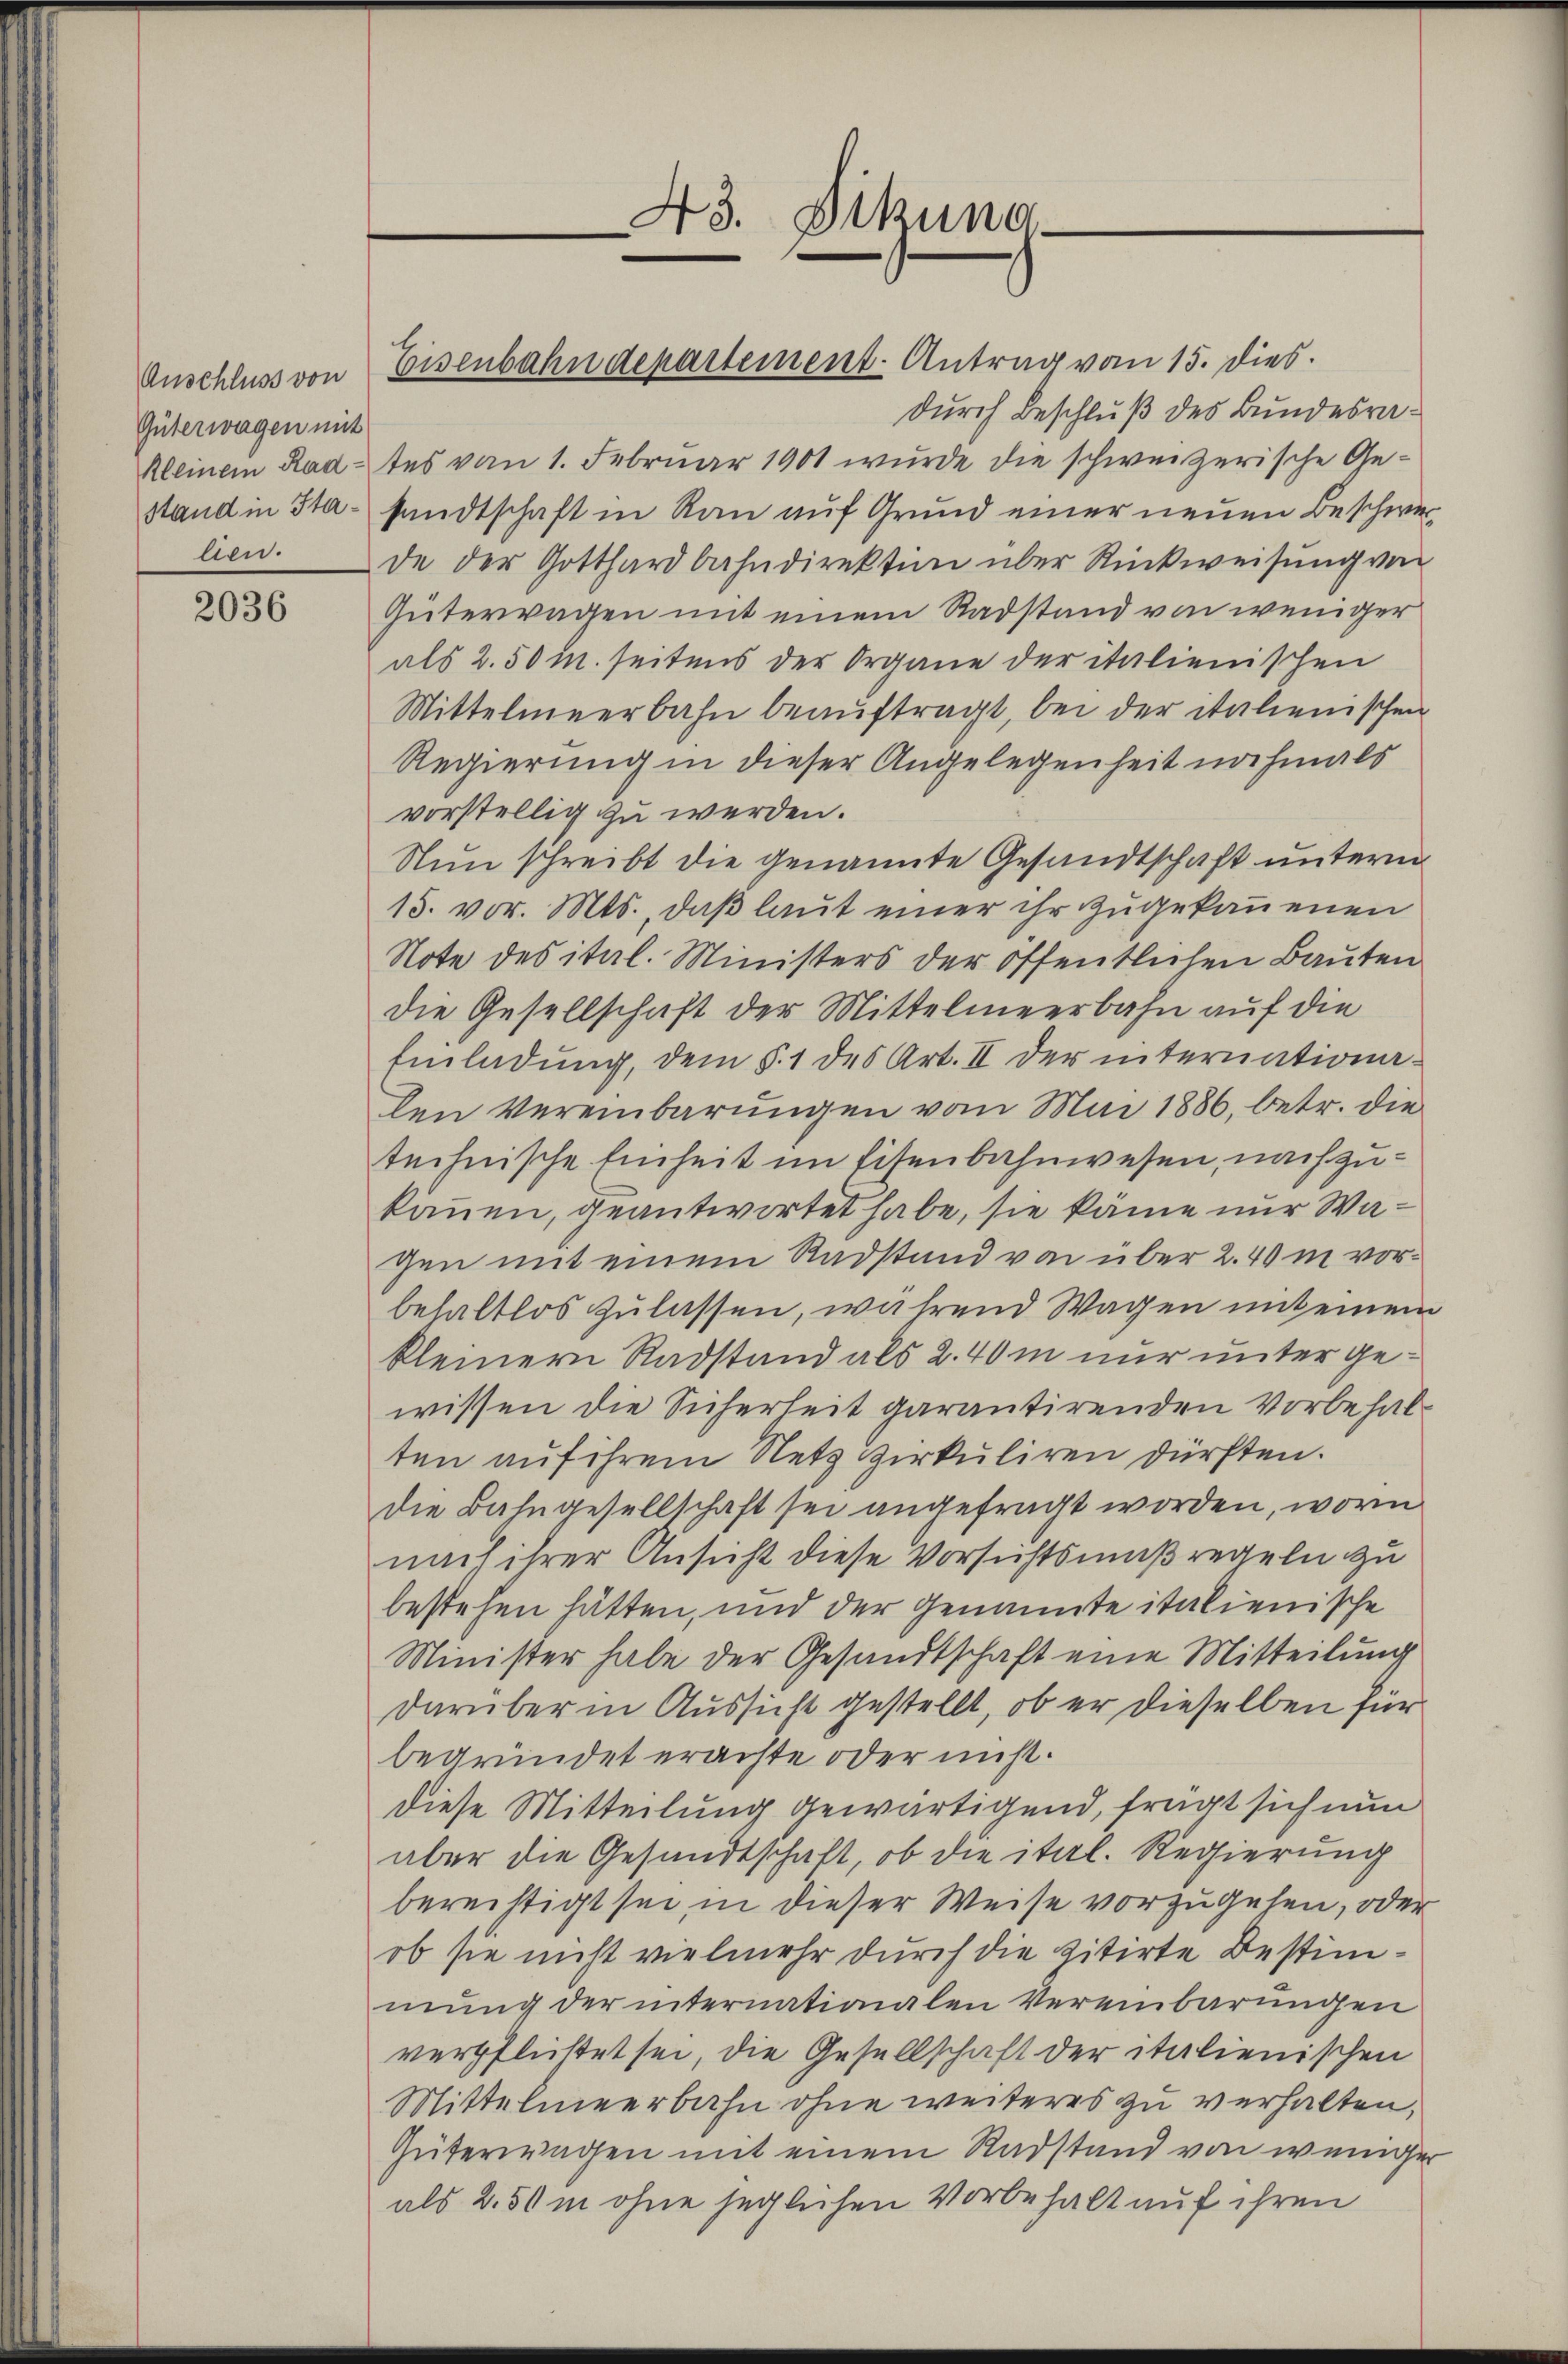
Anschluss von
Güterwagen mit
stand in Stalien.

2036

durch Beschluß des Bundesra¬
Kleinem Radtes vom 1. Februar 1901 wurde die schweizerische Gesandtschaft in Rau auf Grund einer neuen Beschwerde der Gotthardbahndirektion über Rückweisung von
Güterragen mit einem Radstand von weniger
als 2.50 M. seitens der Organe der italienischen
Mittelmeerbahn beaŭftragt, bei der italienischen
Regierung in dieser Angelegenheit nochmals
vorstellig zu werden.
Nun schreibt die genannte Gesandtschaft unterm
15. vor. Mts., daß laut einer ihr zugekoṁenen
Note des ital. Ministers der öffentlichen Bauten
die Gesellschaft der Mittelmeerbahn auf die
Einladung, dem §. 1 des Art. II der internationalen Vereinbarungen vom Mai 1886, betr. die
technische Einheit im Eisenbahnwesen, nachzukönnen, geantwortet habe, sie käme nur Wagen mit einem Radstand von über 2. 40 m vorbehaltlos zulassen, während Wagen mit einem
kleinern Radstand als 2. 40 in nur unter gewissen die Sicherheit garantirenden Vorbehalten auf ihrem Netz Zirkuliren dürften.
die Bahngesellschaft sei angefragt worden, worin
nach ihrer Ansicht diese Vorsichtsmaßregeln zu
bestehen hätten, und der Genannte italienische
Minister habe der Gesandtschaft eine Mitteilung
darüber in Aussicht gestellt, ob er dieselben für
begründet erachte oder nicht.
diese Mitteilung gewärtigend, frägt sich nun
aber die Gesandtschaft, ob die ital. Regierung
bereistigt sei, in dieser Weise vorzugehen, oder
ob sie nicht vielmehr durch die zitirte Bestimmung der internationalen Vereinbarungen
verpflichtet sei, die Gesellschaft der italienischen
Mittelmeerbahn ohne weiteres zu verhalten,
Güterwagen mit einem Radstand von weniger
als 2.50 m ohne jeglichen Vorbehalt auf ihren

43. Dikung

Eisenbahndepartement - Antrag vom 15. dies